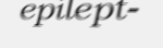
epilept-